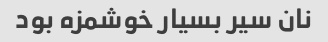
نان سیر بسیار خوشمزه بود